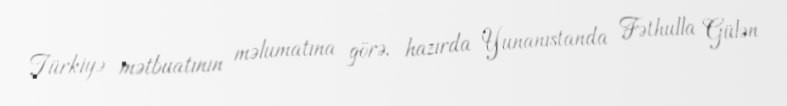
Türkiyə mətbuatının məlumatına görə, hazırda Yunanıstanda Fəthulla Gülən